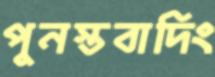
পুনস্তবাদিং